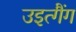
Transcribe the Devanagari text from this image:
उइत्गैंग